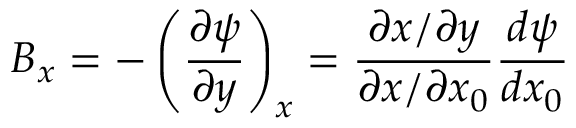
B _ { x } = - \left( \frac { \partial \psi } { \partial y } \right) _ { x } = \frac { \partial x / \partial y } { \partial x / \partial x _ { 0 } } \frac { d \psi } { d x _ { 0 } }